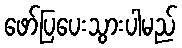
ဖော်ပြပေးသွားပါမည်